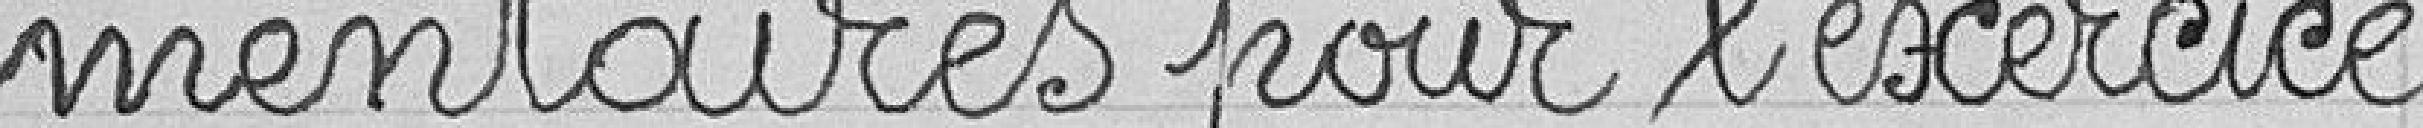
mentaires pour l'exercice